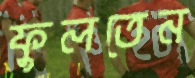
ফুলতেন